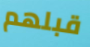
قبلهم